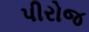
પીરોજ